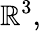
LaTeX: \mathbb{R}^{3},